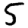
Digit: 5